Malaria in the Duars
Disease focus: Malaria
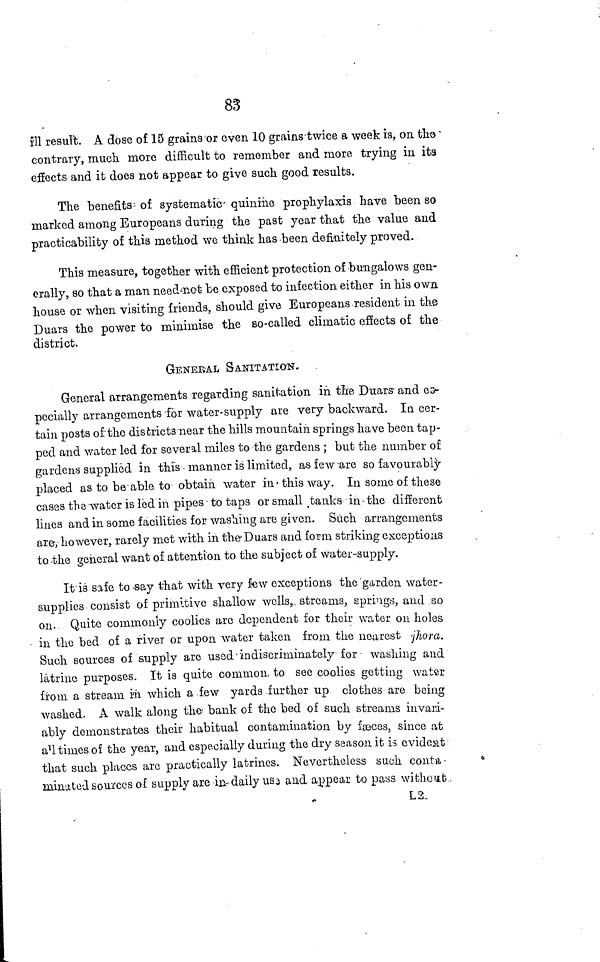
83
ill result. A dose of 15 grains or even 10 grains twice a week is, on the
contrary, much more difficult to remember and more trying in its
effects and it does not appear to give such good results.
The benefits of systematic quinine prophylaxis have been so
marked among Europeans during the past year that the value and
practicability of this method we think has been definitely proved.
This measure, together with efficient protection of bungalows gen-
erally, so that a man need not be exposed to infection either in his own
house or when visiting friends, should give Europeans resident in the
Duars the power to minimise the so-called climatic effects of the
district.
GENERAL SANITATION.
General arrangements regarding sanitation in the Duars and es-
pecially arrangements for water-supply are very backward. In cer-
tain posts of the districts near the hills mountain springs have been tap-
ped and water led for several miles to the gardens ; but the number of
gardens supplied in this - manner is limited, as few are so favourably-
placed as to be able to obtain water in • this way. In some of these
cases the water is Ied in pipes-to taps or small tanks in the different
lines and in some facilities for washing are given. Such arrangements
are, however, rarely met with in the Duars and form striking exceptions
to the general want of attention to the subject of wate-supply.
It is safe to say that with very few exceptions the garden water-
supplies consist of primitive shallow wells, streams, springs, and so
on. Quite commonly coolies arc dependent for their water on holes
in the bed of a river or upon water taken from the nearest jhora.
Such sources of supply are used indiscriminately for washing and
latrine purposes. It is quite common, to see coolies getting water
from a stream in which a few yards further up clothes are being
washed. A walk along the bank of the bed of such streams invari-
ably demonstrates their habitual contamination by fæces, since at
all times of the year, and especially during the dry season it is evident
that such places arc practically latrines. Nevertheless such conta.
minuted sources of supply are in daily US3 and appear to pass withe at
L2.